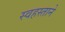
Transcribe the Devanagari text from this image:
स्वहस्ताने